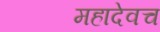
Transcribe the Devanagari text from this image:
महादेवच